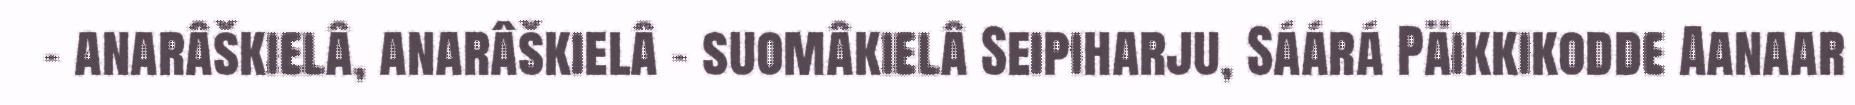
- anarâškielâ, anarâškielâ - suomâkielâ Seipiharju, Sáárá Päikkikodde Aanaar